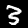
Label: 3